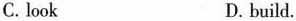
A. height B. watch